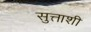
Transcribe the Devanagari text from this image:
सुत्ताशी